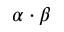
{ \alpha \cdot \beta }